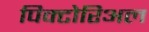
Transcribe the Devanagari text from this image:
पिक्टोरिअल